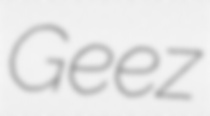
Geez